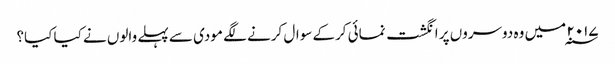
۲۰۱۷ ؁ میں وہ دوسروں پر انگشت نمائی کرکے سوال کرنے لگے مودی سے پہلے والوں نے کیا کیا؟